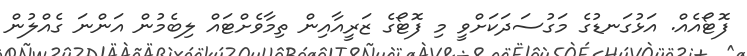
ފޮޓޯއެއް. އަޅުގަނޑުގެ މަގުސަދަކަށްވީ މި ފޮޓޯގެ ޒަރީއާއިން ތިމާވެށްޓައް ލިބެމުން އަންނަ ގެއްލުން